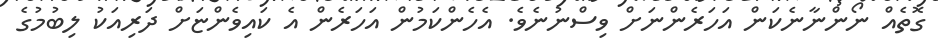
ގޮތެއް ނޯންނާނެކަން އަހަރެންނަށް ވިސްނުނެވެ. އެހެންކަމުން އަހަރެން އެ ކައިވެންޏަށް ދަރިއަކު ލިބުމުގެ